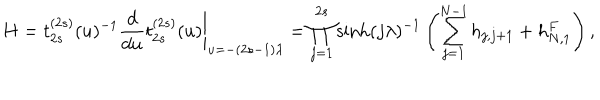
\left. H = t _ { 2 s } ^ { ( 2 s ) } ( u ) ^ { - 1 } \frac { d } { d u } t _ { 2 s } ^ { ( 2 s ) } ( u ) \right| _ { u = - ( 2 s - 1 ) \lambda } = \prod _ { j = 1 } ^ { 2 s } \sinh ( j \lambda ) ^ { - 1 } \left( \sum _ { j = 1 } ^ { N - 1 } h _ { j , j + 1 } + h _ { N , 1 } ^ { F } \right) ,